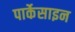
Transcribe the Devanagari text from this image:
पार्केसाइन